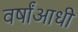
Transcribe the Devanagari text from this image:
वर्षांआधी